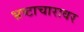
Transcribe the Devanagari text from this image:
भ्रष्टाचारावर